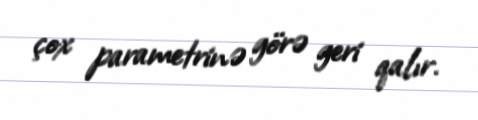
çox parametrinə görə geri qalır.